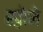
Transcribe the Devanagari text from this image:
ख़ोने